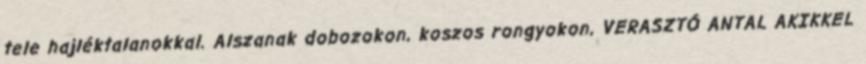
tele hajléktalanokkal. Alszanak dobozokon, koszos rongyokon, VERASZTÓ ANTAL AKIKKEL